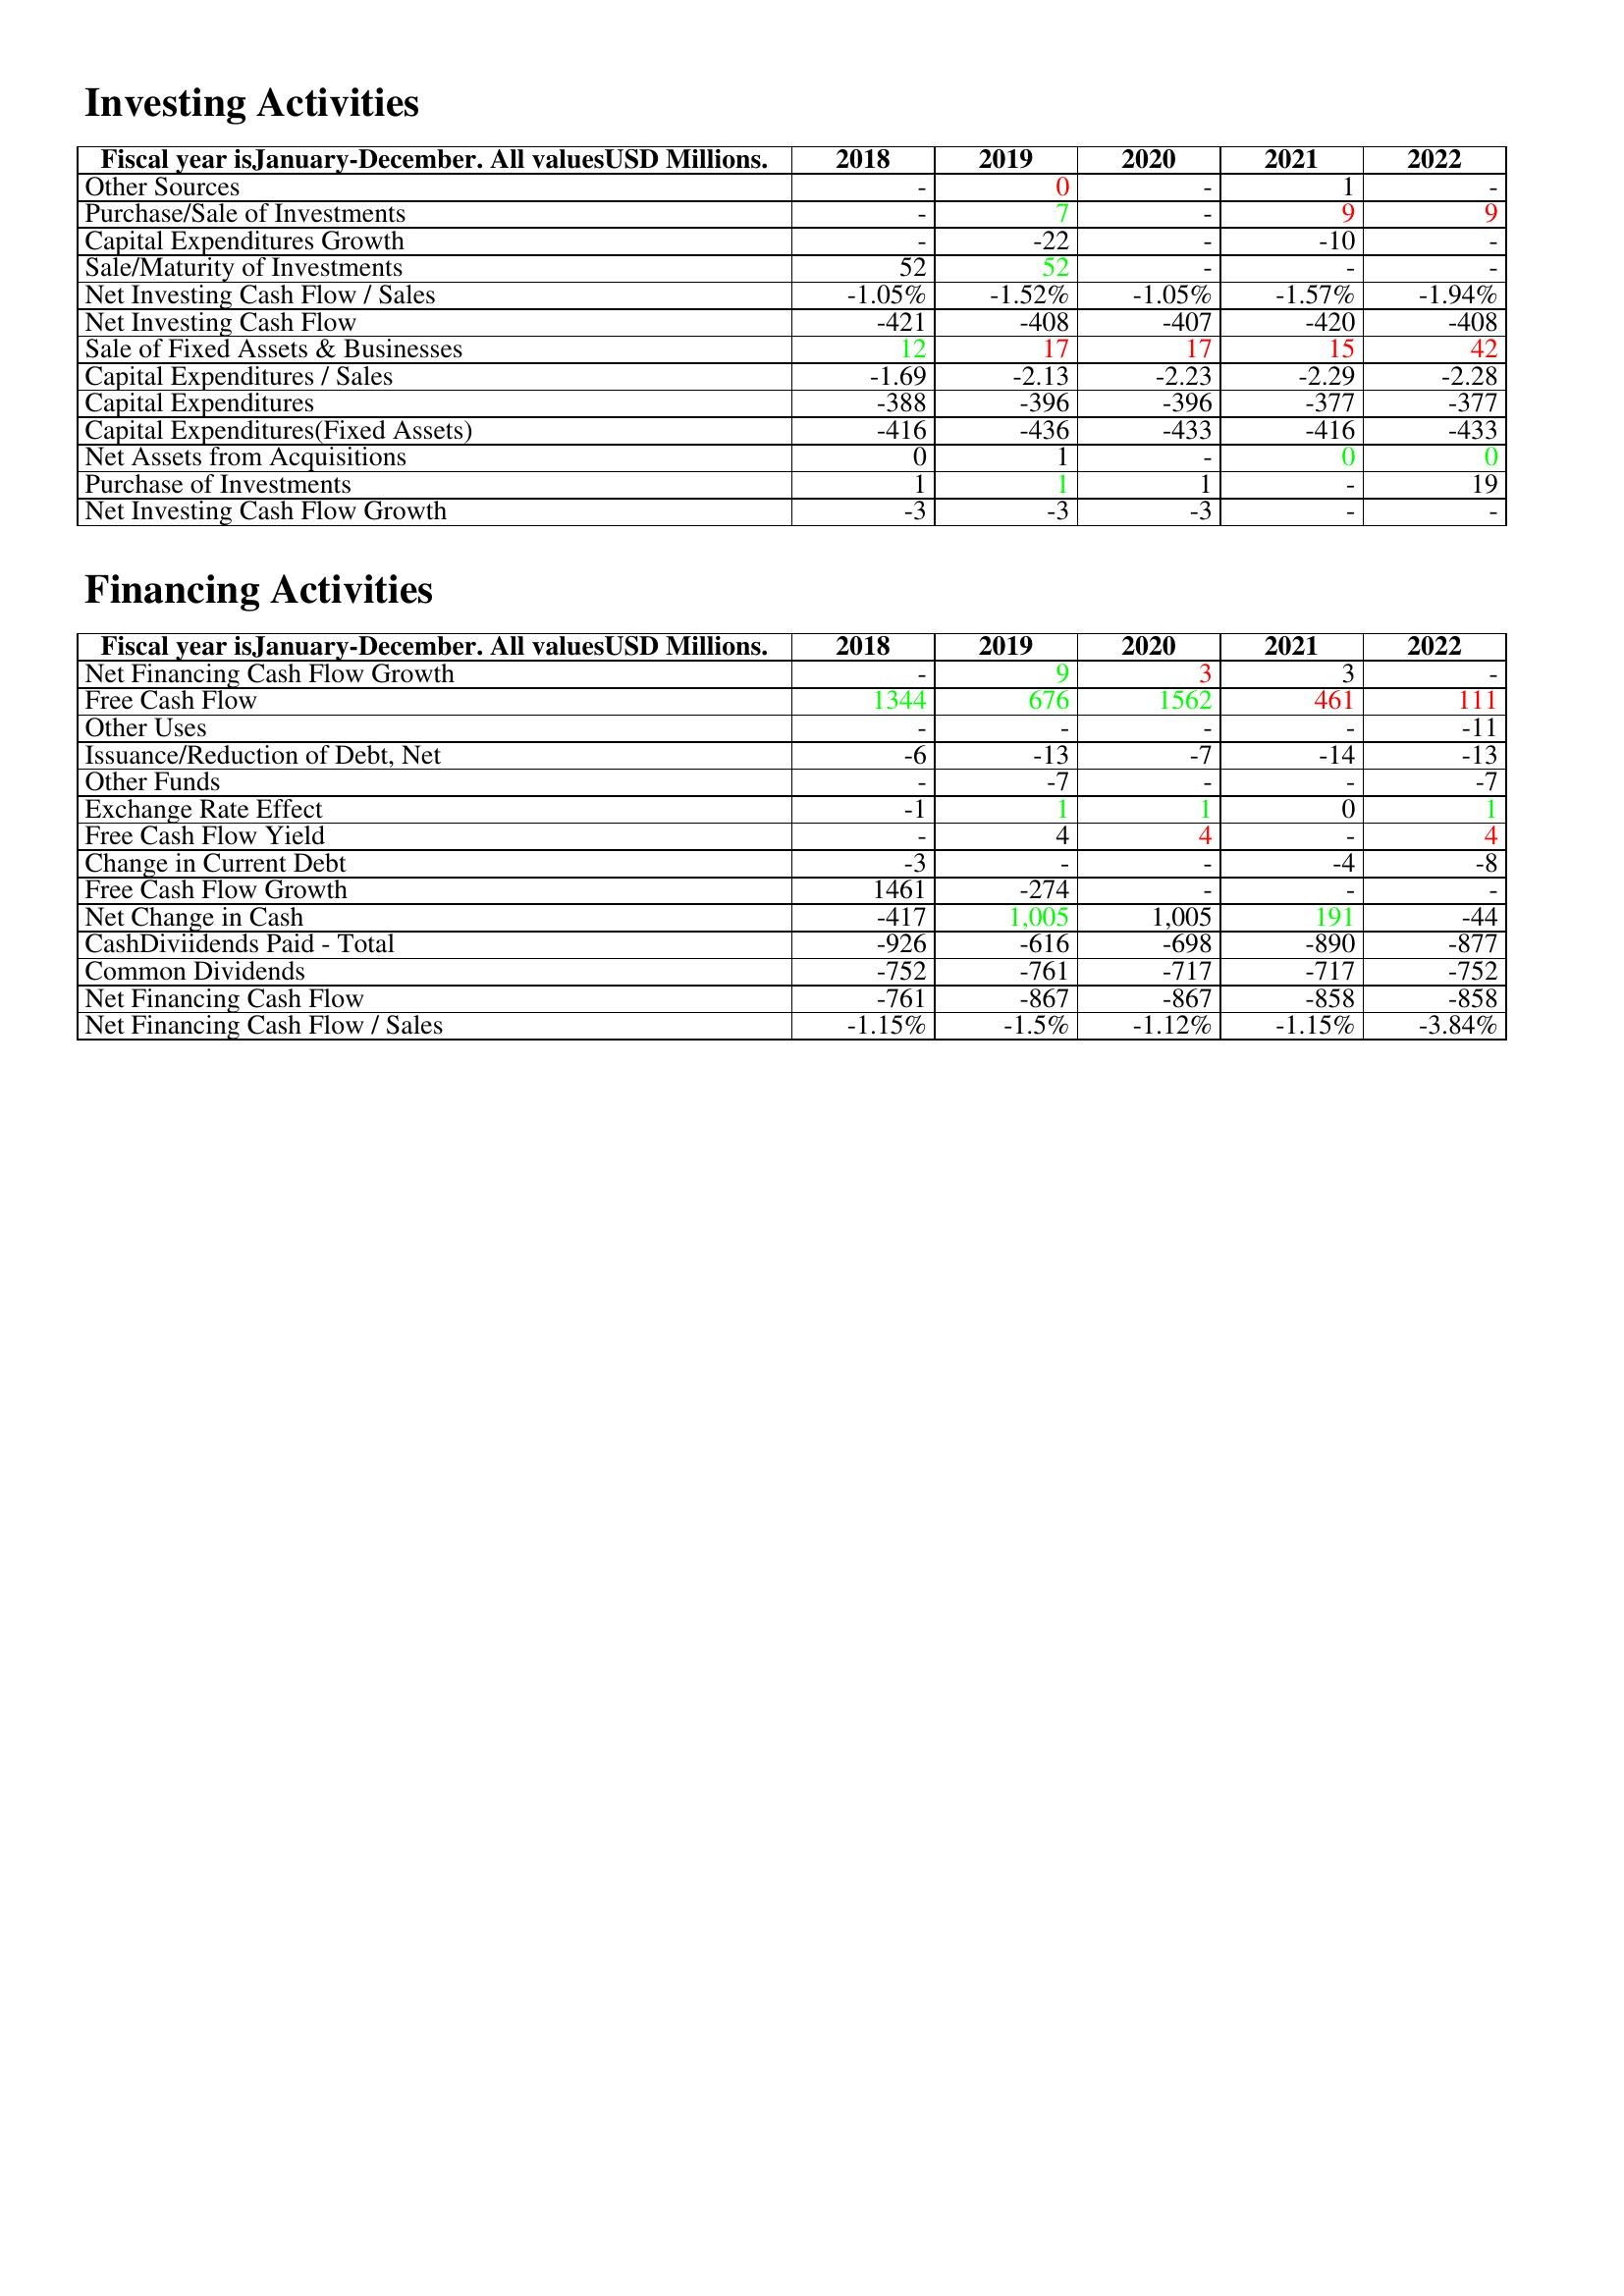
gt_parse: 2018: Investing Activities: Other Sources: -
Purchase/Sale of Investments: -
Capital Expenditures Growth: -
Sale/Maturity of Investments: 52
Net Investing Cash Flow / Sales: -1.05%
Net Investing Cash Flow: -421
Sale of Fixed Assets & Businesses: 12
Capital Expenditures / Sales: -1.69
Capital Expenditures: -388
Capital Expenditures(Fixed Assets): -416
Net Assets from Acquisitions: 0
Purchase of Investments: 1
Net Investing Cash Flow Growth: -3
Financing Activities: Net Financing Cash Flow Growth: -
Free Cash Flow: 1344
Other Uses: -
Issuance/Reduction of Debt, Net: -6
Other Funds: -
Exchange Rate Effect: -1
Free Cash Flow Yield: -
Change in Current Debt: -3
Free Cash Flow Growth: 1461
Net Change in Cash: -417
CashDiviidends Paid - Total: -926
Common Dividends: -752
Net Financing Cash Flow: -761
Net Financing Cash Flow / Sales: -1.15%
2019: Investing Activities: Other Sources: 0
Purchase/Sale of Investments: 7
Capital Expenditures Growth: -22
Sale/Maturity of Investments: 52
Net Investing Cash Flow / Sales: -1.52%
Net Investing Cash Flow: -408
Sale of Fixed Assets & Businesses: 17
Capital Expenditures / Sales: -2.13
Capital Expenditures: -396
Capital Expenditures(Fixed Assets): -436
Net Assets from Acquisitions: 1
Purchase of Investments: 1
Net Investing Cash Flow Growth: -3
Financing Activities: Net Financing Cash Flow Growth: 9
Free Cash Flow: 676
Other Uses: -
Issuance/Reduction of Debt, Net: -13
Other Funds: -7
Exchange Rate Effect: 1
Free Cash Flow Yield: 4
Change in Current Debt: -
Free Cash Flow Growth: -274
Net Change in Cash: 1,005
CashDiviidends Paid - Total: -616
Common Dividends: -761
Net Financing Cash Flow: -867
Net Financing Cash Flow / Sales: -1.5%
2020: Investing Activities: Other Sources: -
Purchase/Sale of Investments: -
Capital Expenditures Growth: -
Sale/Maturity of Investments: -
Net Investing Cash Flow / Sales: -1.05%
Net Investing Cash Flow: -407
Sale of Fixed Assets & Businesses: 17
Capital Expenditures / Sales: -2.23
Capital Expenditures: -396
Capital Expenditures(Fixed Assets): -433
Net Assets from Acquisitions: -
Purchase of Investments: 1
Net Investing Cash Flow Growth: -3
Financing Activities: Net Financing Cash Flow Growth: 3
Free Cash Flow: 1562
Other Uses: -
Issuance/Reduction of Debt, Net: -7
Other Funds: -
Exchange Rate Effect: 1
Free Cash Flow Yield: 4
Change in Current Debt: -
Free Cash Flow Growth: -
Net Change in Cash: 1,005
CashDiviidends Paid - Total: -698
Common Dividends: -717
Net Financing Cash Flow: -867
Net Financing Cash Flow / Sales: -1.12%
2021: Investing Activities: Other Sources: 1
Purchase/Sale of Investments: 9
Capital Expenditures Growth: -10
Sale/Maturity of Investments: -
Net Investing Cash Flow / Sales: -1.57%
Net Investing Cash Flow: -420
Sale of Fixed Assets & Businesses: 15
Capital Expenditures / Sales: -2.29
Capital Expenditures: -377
Capital Expenditures(Fixed Assets): -416
Net Assets from Acquisitions: 0
Purchase of Investments: -
Net Investing Cash Flow Growth: -
Financing Activities: Net Financing Cash Flow Growth: 3
Free Cash Flow: 461
Other Uses: -
Issuance/Reduction of Debt, Net: -14
Other Funds: -
Exchange Rate Effect: 0
Free Cash Flow Yield: -
Change in Current Debt: -4
Free Cash Flow Growth: -
Net Change in Cash: 191
CashDiviidends Paid - Total: -890
Common Dividends: -717
Net Financing Cash Flow: -858
Net Financing Cash Flow / Sales: -1.15%
2022: Investing Activities: Other Sources: -
Purchase/Sale of Investments: 9
Capital Expenditures Growth: -
Sale/Maturity of Investments: -
Net Investing Cash Flow / Sales: -1.94%
Net Investing Cash Flow: -408
Sale of Fixed Assets & Businesses: 42
Capital Expenditures / Sales: -2.28
Capital Expenditures: -377
Capital Expenditures(Fixed Assets): -433
Net Assets from Acquisitions: 0
Purchase of Investments: 19
Net Investing Cash Flow Growth: -
Financing Activities: Net Financing Cash Flow Growth: -
Free Cash Flow: 111
Other Uses: -11
Issuance/Reduction of Debt, Net: -13
Other Funds: -7
Exchange Rate Effect: 1
Free Cash Flow Yield: 4
Change in Current Debt: -8
Free Cash Flow Growth: -
Net Change in Cash: -44
CashDiviidends Paid - Total: -877
Common Dividends: -752
Net Financing Cash Flow: -858
Net Financing Cash Flow / Sales: -3.84%